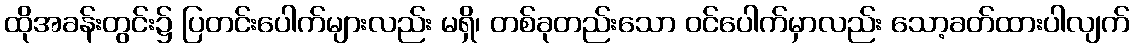
ထိုအခန်းတွင်း၌ ပြတင်းပေါက်များလည်း မရှိ၊ တစ်ခုတည်းသော ဝင်ပေါက်မှာလည်း သော့ခတ်ထားပါလျက်